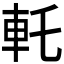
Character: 𰹊